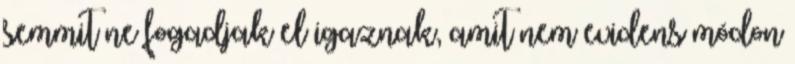
semmit ne fogadjak el igaznak, amit nem evidens módon